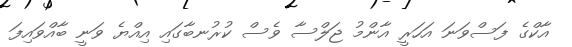
އާކްގެ ފަސްވަނަ އަހަރީ އާންމު ޖަލްސާ ވެސް ކުރުނބާގައި އިއްޔެ ވަނީ ބާއްވައިފަ